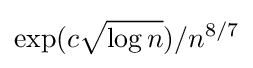
\exp(c{\sqrt {\log n}})/n^{8/7}